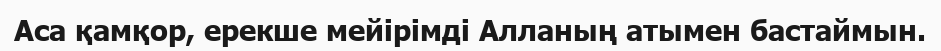
Аса қамқор, ерекше мейірімді Алланың атымен бастаймын.